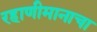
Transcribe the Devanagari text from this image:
रहाणीमानाचा